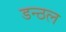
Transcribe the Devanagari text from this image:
डन्ठल